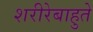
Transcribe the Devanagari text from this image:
शरीरेबाहुते